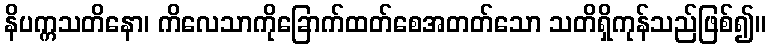
နိပက္ကသတိနော၊ ကိလေသာကိုခြောက်ထတ်စေအတတ်သော သတိရှိကုန်သည်ဖြစ်၍။